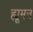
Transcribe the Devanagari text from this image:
ह्मूमन